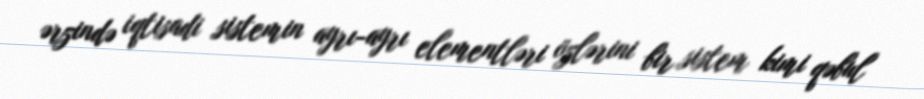
ərzində iqtisadi sistemin ayrı-ayrı elementləri özlərini bir sistem kimi qəbul